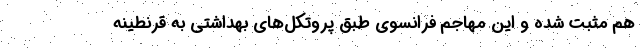
هم مثبت شده و این مهاجم فرانسوی طبق پروتکل‌های بهداشتی به قرنطینه